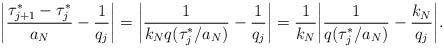
LaTeX: \begin{align*}\bigg| \frac{\tau_{j+1}^* - \tau_j^*}{a_N} - \frac{1}{q_j} \bigg| = \bigg| \frac{1}{k_N q(\tau_j^*/a_N)} - \frac{1}{q_j} \bigg| = \frac{1}{k_N} \bigg| \frac{1}{q(\tau_j^*/a_N)} - \frac{k_N}{q_j} \bigg|.\end{align*}